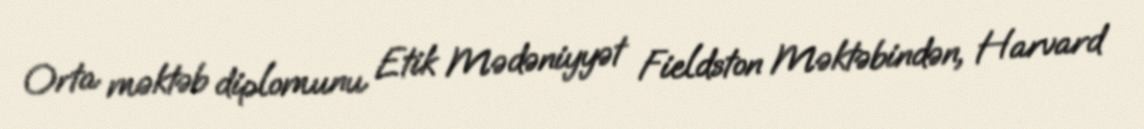
Orta məktəb diplomunu Etik Mədəniyyət Fieldston Məktəbindən, Harvard